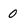
Character: 0